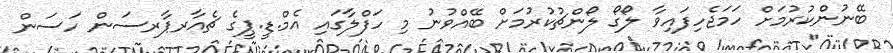
ބޭނުންކުރުމަށް ހަމަޖެހިފައިވާ ލޯގޯ ލޯންޗުކުރުމަށް ބޭއްވުނު މި ހަފްލާގައި އެމް.ޑީ.ޕީގެ ޗެއާރޕާރސަން ހަސަން